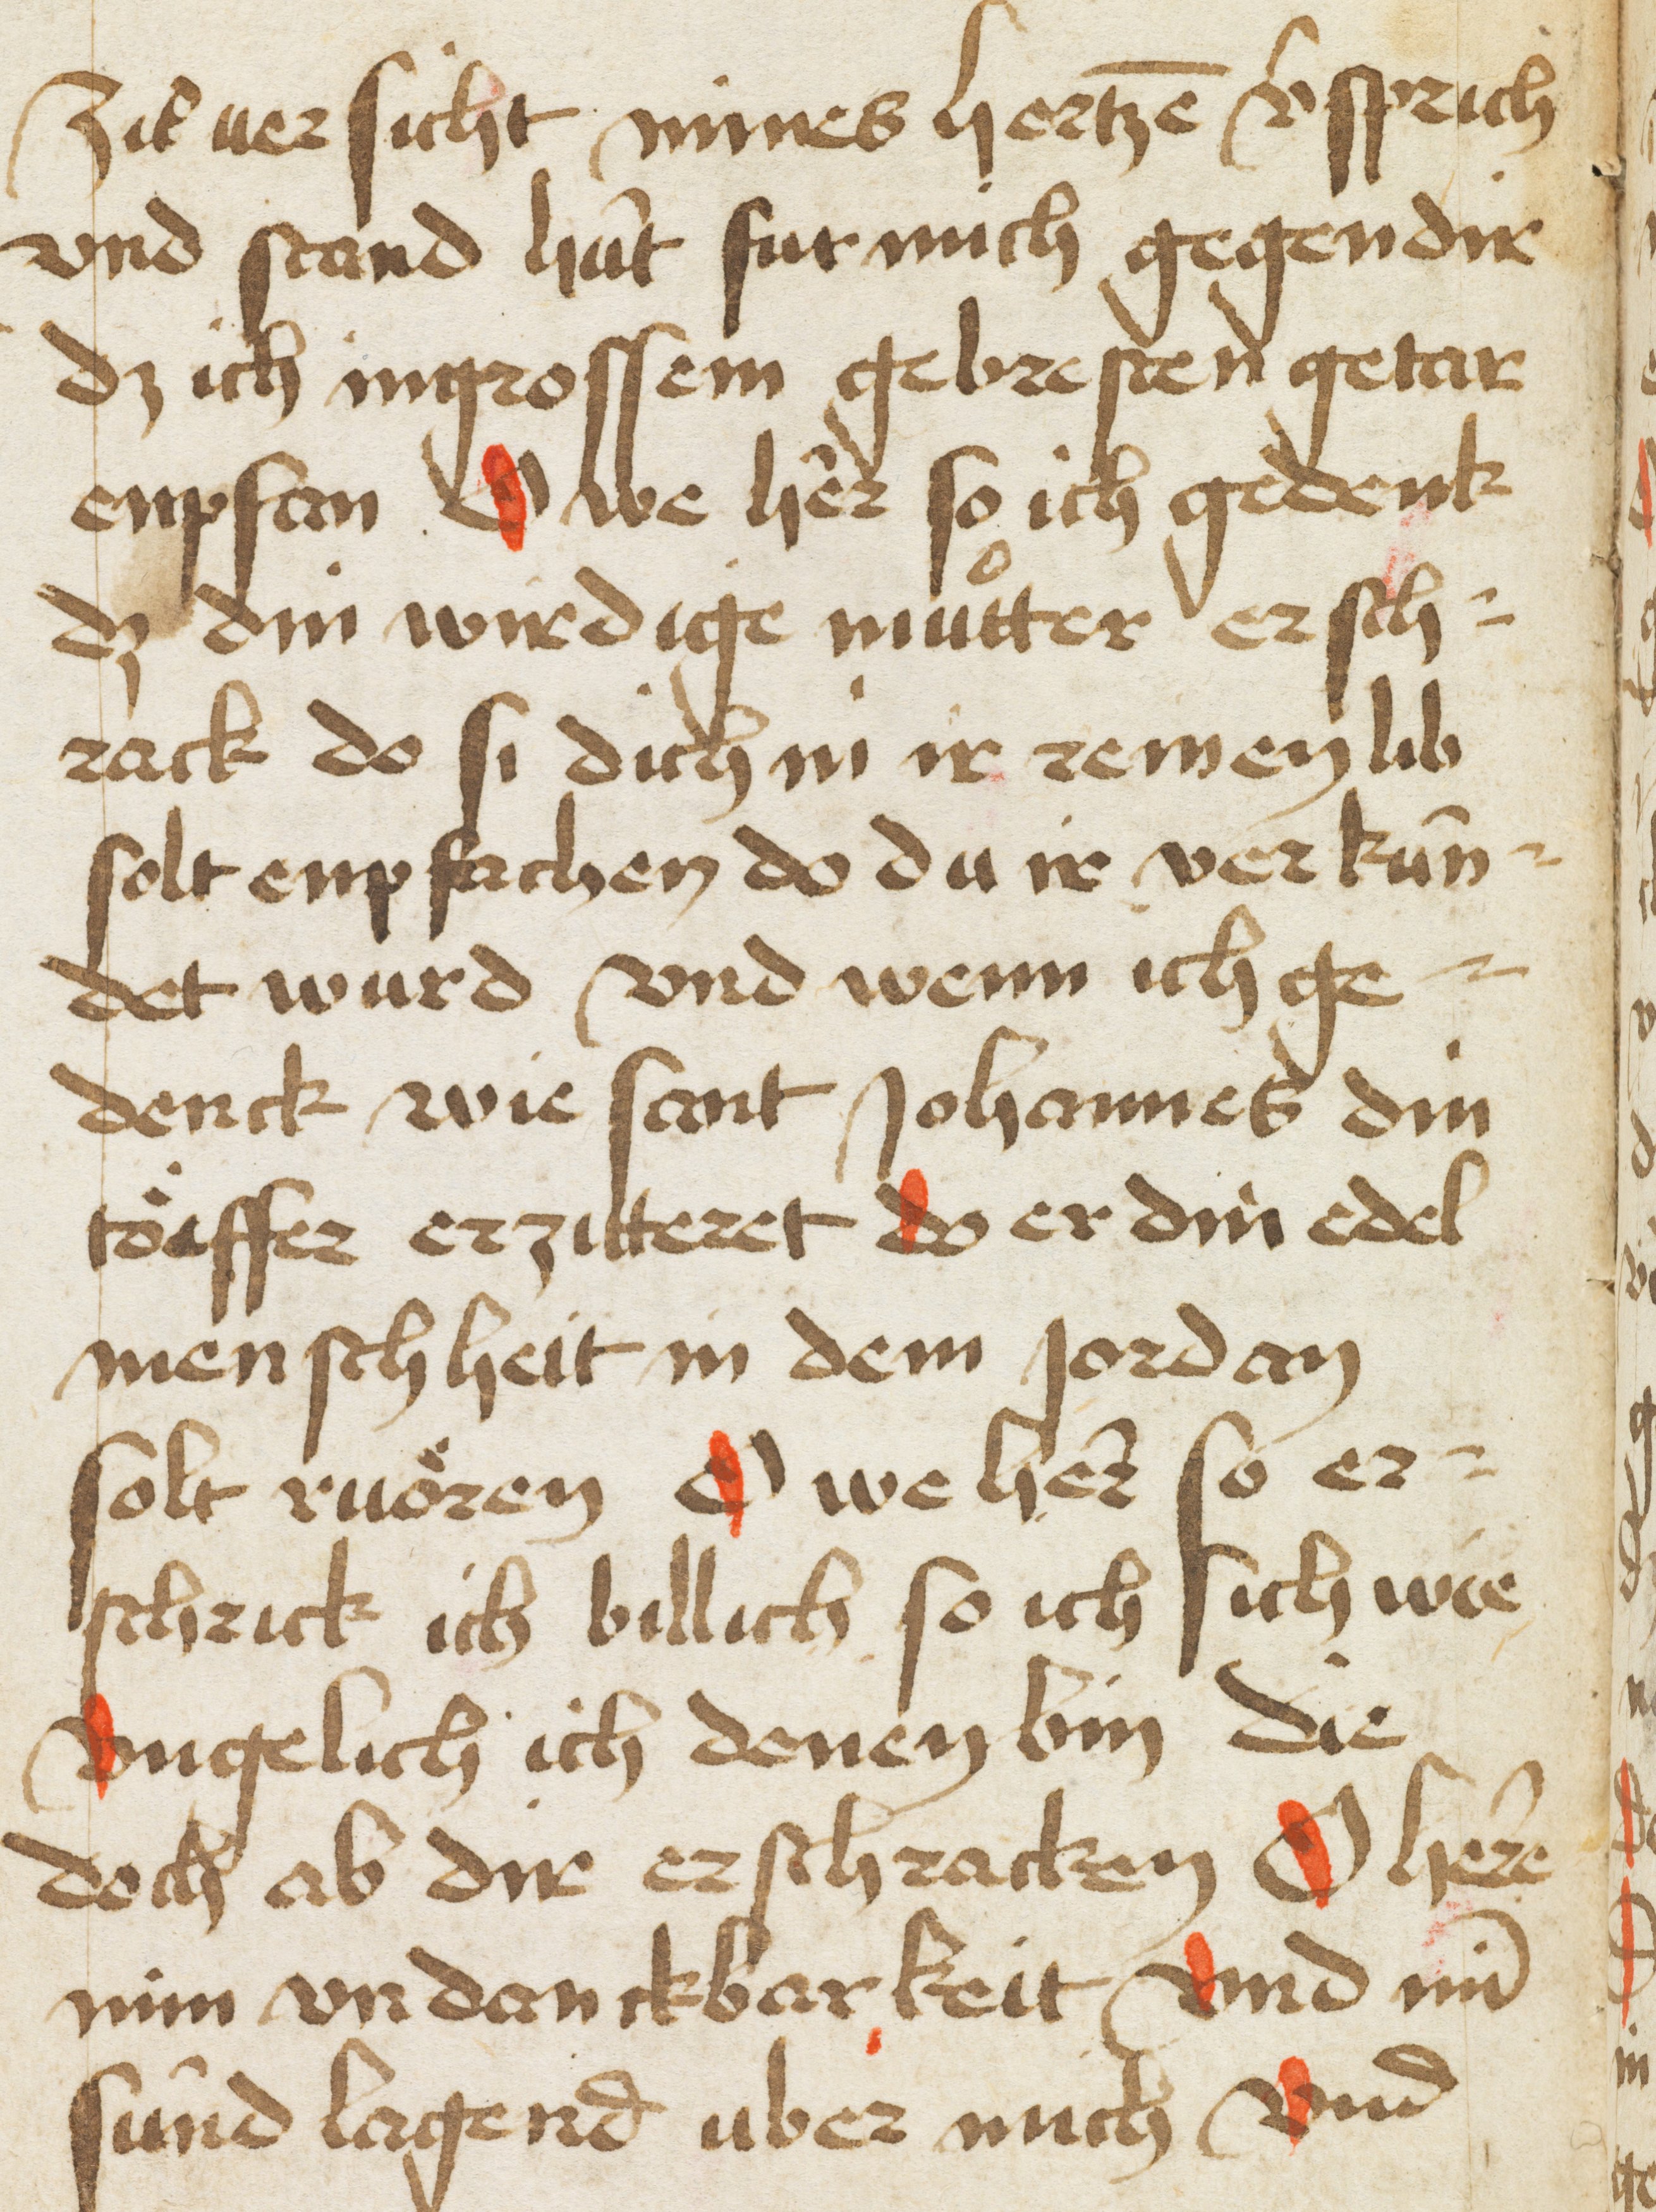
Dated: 1466–1466